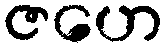
ဇဟေ